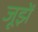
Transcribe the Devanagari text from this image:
जूझें